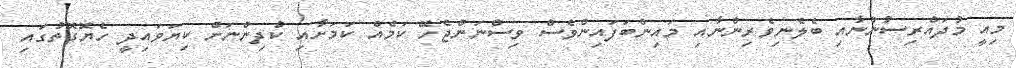
މިއީ މުދައްރިސުންނާއި ބެލެނިވެރިންނާއި މައިންބަފައިންވެސް ވިސްނަންޖެހޭ ކަމެއް ކަމަށާއި ކުދިންނަށް ކިޔަވައިދީ ހެޔޮގޮތުގައި